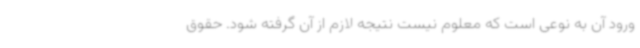
ورود آن به نوعی است که معلوم نیست نتیجه لازم از آن گرفته شود. حقوق